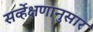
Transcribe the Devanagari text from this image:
सर्व्हेक्षणानुसार